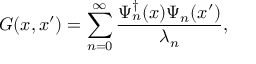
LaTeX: G ( x , x ^ { \prime } ) = \sum _ { n = 0 } ^ { \infty } { \frac { \Psi _ { n } ^ { \dagger } ( x ) \Psi _ { n } ( x ^ { \prime } ) } { \lambda _ { n } } } ,